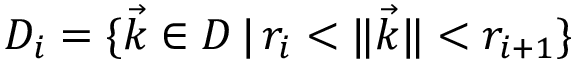
D _ { i } = \{ \vec { k } \in D \, | \, r _ { i } < \lVert \vec { k } \rVert < r _ { i + 1 } \}